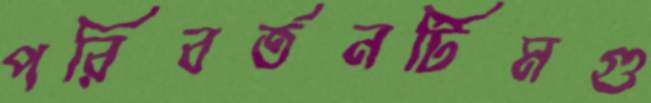
পরিবর্তনটিমগু